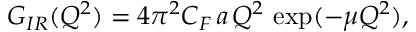
G _ { I R } ( Q ^ { 2 } ) = { 4 \pi ^ { 2 } C _ { F } } \, a \, Q ^ { 2 } \, \exp ( - \mu Q ^ { 2 } ) ,